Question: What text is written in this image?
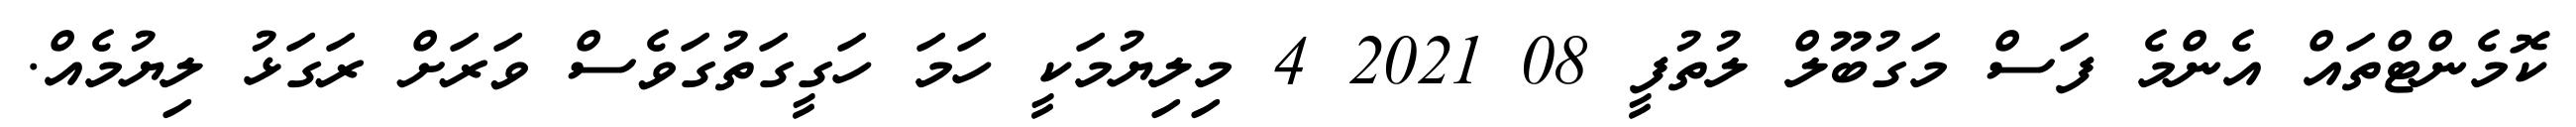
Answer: ކޮމެންޓްތައް އެންމެ ފަސް މަގުބޫލް ލުތުފީ 08 2021 4 މިލިޔުމަކީ ހަމަ ހަގީގަތުގަވެސް ވަރަށް ރަގަޅު ލިޔުމެއް.